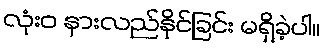
လုံးဝ နားလည်နိုင်ခြင်း မရှိခဲ့ပါ။